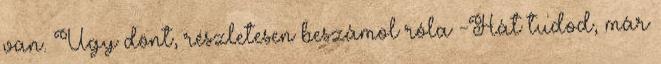
van. Úgy dönt, részletesen beszámol róla -Hát tudod, már